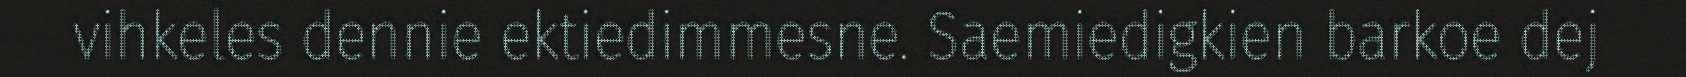
vihkeles dennie ektiedimmesne. Saemiedigkien barkoe dej